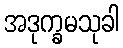
အဒုက္ခမသုခါ